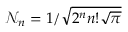
\mathcal { N } _ { n } = 1 / \sqrt { 2 ^ { n } n ! \sqrt { \pi } }